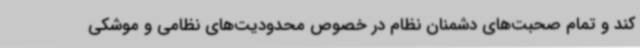
کند و تمام صحبت‌های دشمنان نظام در خصوص محدودیت‌های نظامی و موشکی